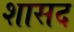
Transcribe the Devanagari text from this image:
शासद